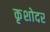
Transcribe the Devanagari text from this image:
कृशोदर